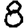
Digit: 8